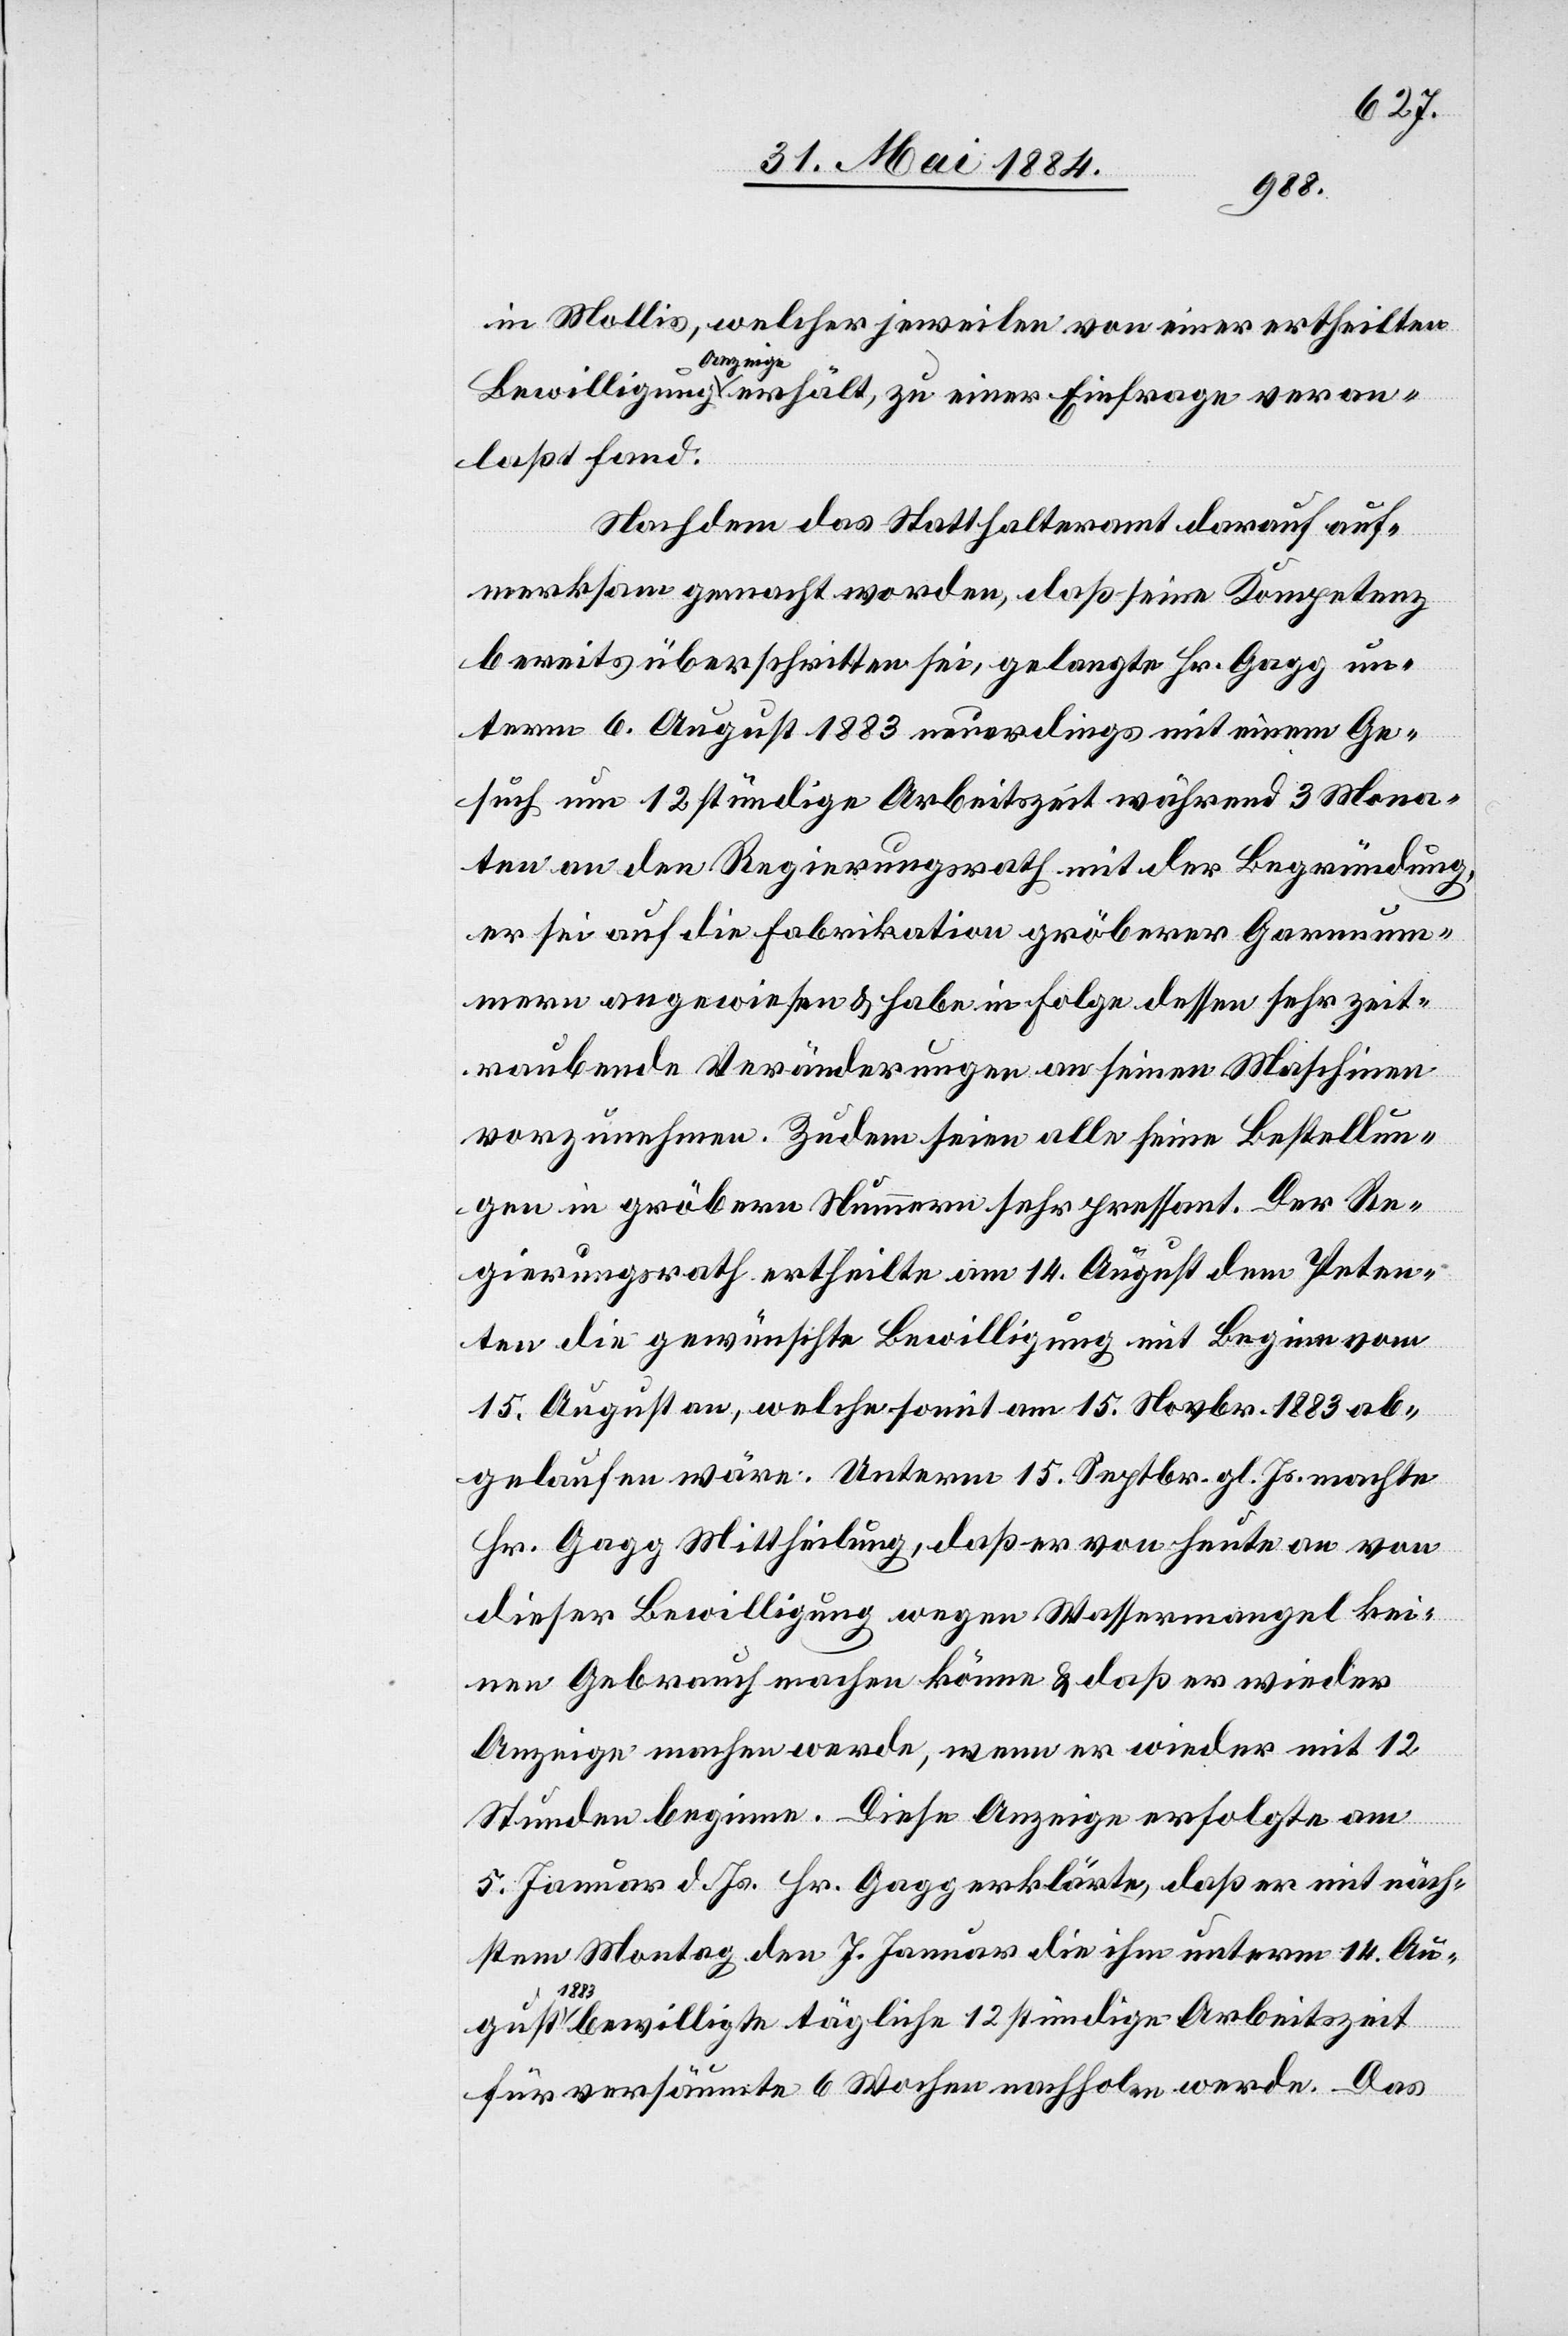
in Mollis, welcher jeweilen von einer ertheilten
Bewilligung a-Anzeige-a erhält, zu einer Einfrage veran¬
laßt fand:
Nachdem das Statthalteramt darauf auf¬
merksam gemacht worden, daß seine Kompetenz
bereits überschritten sei, gelangte Hr. Gagg un¬
term 6. August 1883 neuerdings mit einem Ge¬
such um 12stündige Arbeitszeit während 3 Mona¬
ten an den Regierungsrath mit der Begründung
er sei auf die Fabrikation gröberer Garnnum¬
mern angewiesen & habe in Folge dessen sehr zeit¬
raubende Veränderungen an seinen Maschinen
vorzunehmen. Zudem seine alle seine Bestellun¬
gen in gröbern Nummer sehr pressant. Der Re¬
gierungsrath ertheilte am 14. August dem Peten¬
ten die gewünschte Bewilligung mit Beginn vom
15. August an, welche somit am 15. Novbr. 1883 ab¬
gelaufen wäre. Unterm 15. Septbr. gl. Js. macht
Hr. Gagg Mittheilung, daß er von heute an von
dieser Bewilligung wegen Wassermangel kei¬
nen Gebrauch machen könne & daß er wieder
Anzeige machen werde, wenn er wieder mit 12
Stunden beginne. Diese Anzeige erfolgte am
gust
5. Januar d. Js. Hr. Gagg erklärte, daß er mit näch¬
stem Montag den 7. Januar die ihm unterm 14. Au¬
1883
bewilligte tägliche 12stündige Arbeitszeit
für versäumte 6 Wochen nachholen werde. Das